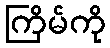
ကြိမ်ကို